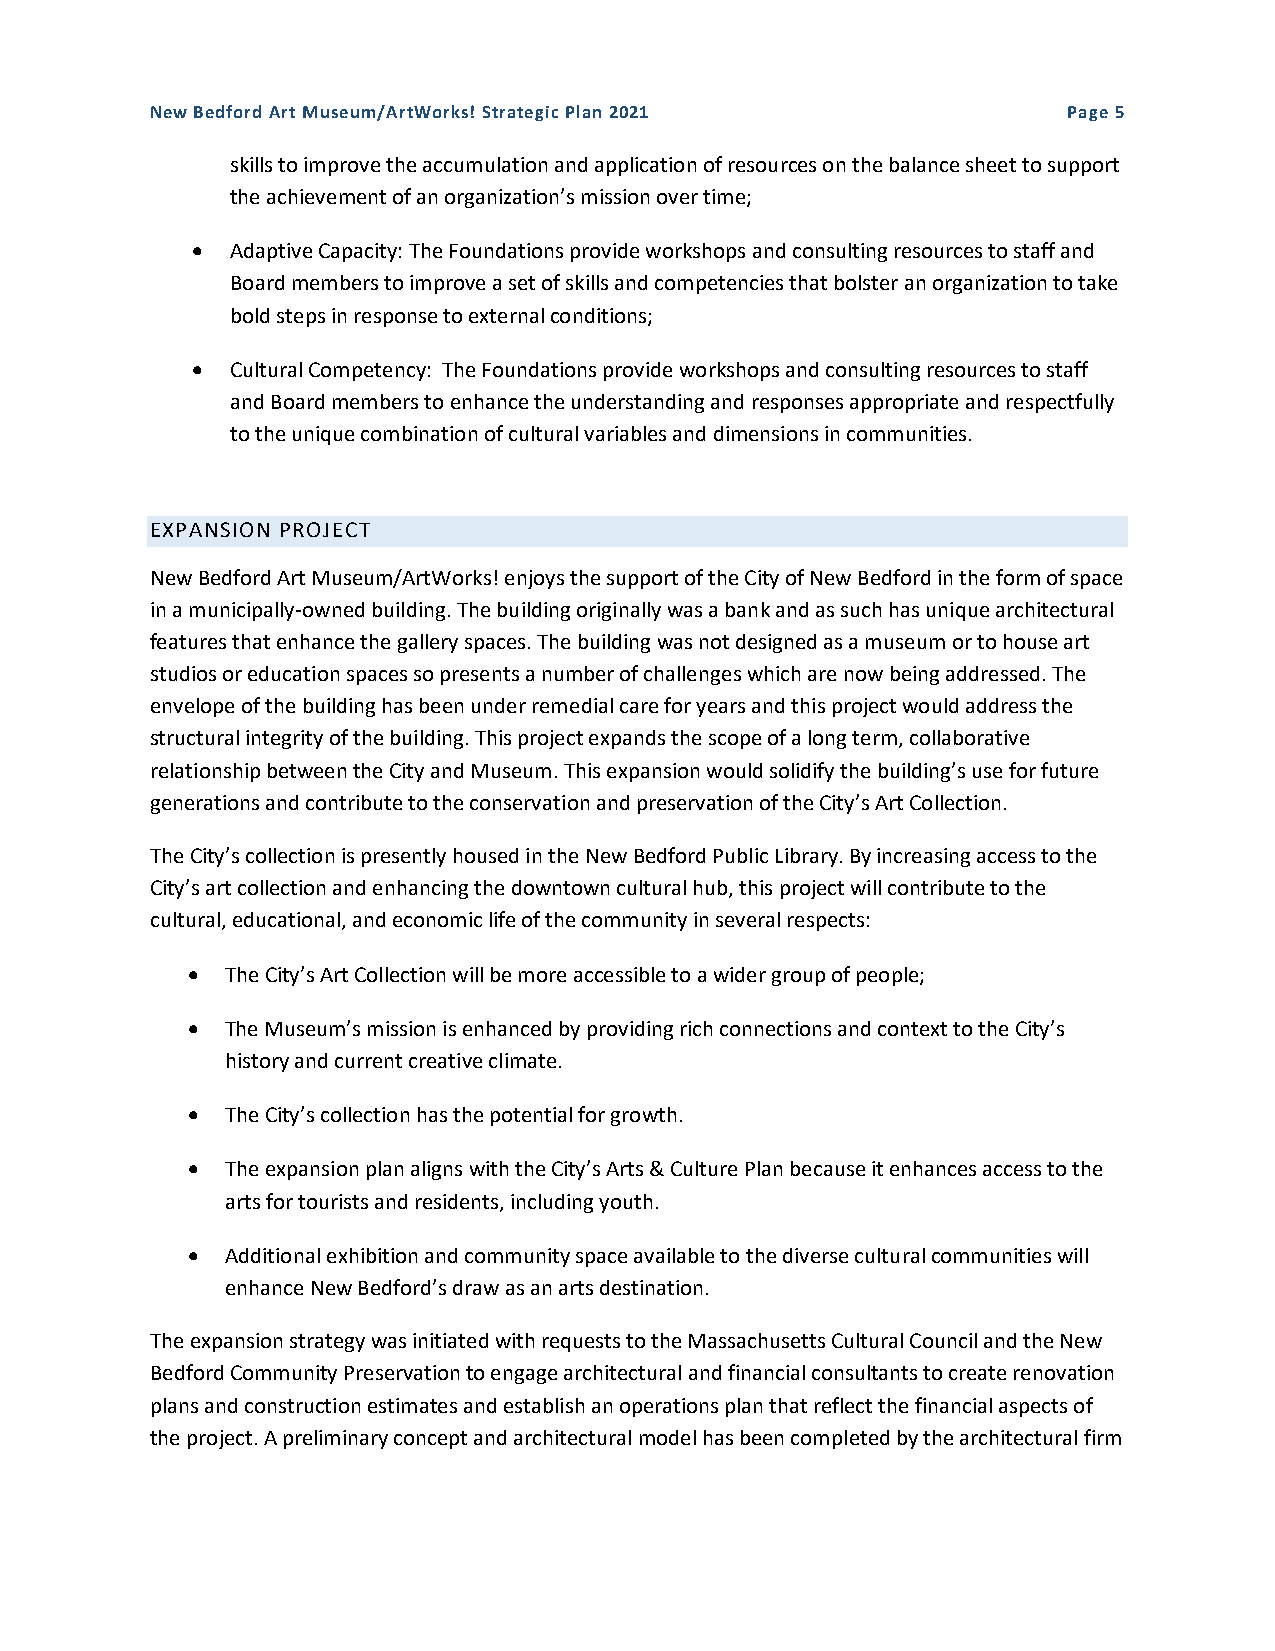
New Bedford Art Museum/ArtWorks! Strategic Plan 2021         Page 5
 skills to improve the accumulation and application of resources on the balance sheet to support
 the achievement of an organization’s mission over time;
  Adaptive Capacity: The Foundations provide workshops and consulting resources to staff and
 Board members to improve a set of skills and competencies that bolster an organization to take
 bold steps in response to external conditions;
  Cultural Competency: The Foundations provide workshops and consulting resources to staff
 and Board members to enhance the understanding and responses appropriate and respectfully
 to the unique combination of cultural variables and dimensions in communities.
 EXPANSION PROJECT
 New Bedford Art Museum/ArtWorks! enjoys the support of the City of New Bedford in the form of space
 in a municipally-owned building. The building originally was a bank and as such has unique architectural
 features that enhance the gallery spaces. The building was not designed as a museum or to house art
 studios or education spaces so presents a number of challenges which are now being addressed. The
 envelope of the building has been under remedial care for years and this project would address the
 structural integrity of the building. This project expands the scope of a long term, collaborative
 relationship between the City and Museum. This expansion would solidify the building’s use for future
 generations and contribute to the conservation and preservation of the City’s Art Collection.
 The City’s collection is presently housed in the New Bedford Public Library. By increasing access to the
 City’s art collection and enhancing the downtown cultural hub, this project will contribute to the
 cultural, educational, and economic life of the community in several respects:
   The City’s Art Collection will be more accessible to a wider group of people;
   The Museum’s mission is enhanced by providing rich connections and context to the City’s
 history and current creative climate.
   The City’s collection has the potential for growth.
   The expansion plan aligns with the City’s Arts & Culture Plan because it enhances access to the
 arts for tourists and residents, including youth.
   Additional exhibition and community space available to the diverse cultural communities will
 enhance New Bedford’s draw as an arts destination.
 The expansion strategy was initiated with requests to the Massachusetts Cultural Council and the New
 Bedford Community Preservation to engage architectural and financial consultants to create renovation
 plans and construction estimates and establish an operations plan that reflect the financial aspects of
 the project. A preliminary concept and architectural model has been completed by the architectural firm